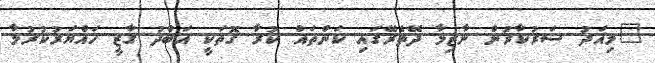
"މިއަދު ސަރުކާރުން ނާޒިމާ ދޭތެރޭގައި ކަންތައް ކުރާ ގޮތަކީ އަބްދު ގާޒީ ހައްޔަރުކުރުމާ